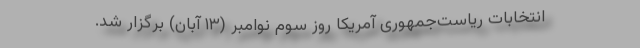
انتخابات ریاست‌جمهوری آمریکا روز سوم نوامبر (۱۳ آبان) برگزار شد.